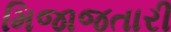
મિજાજતારી